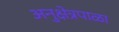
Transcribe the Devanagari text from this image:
अनुक्षेत्रपाळा